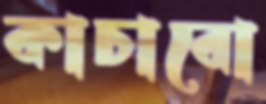
কাচাবো